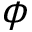
\boldsymbol { \phi }